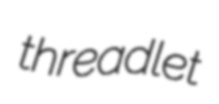
threadlet